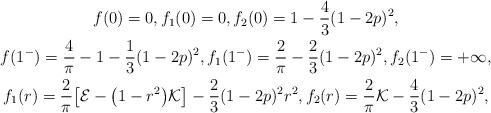
LaTeX: \begin{gather*} f(0)=0,f_1(0)=0,f_2(0)=1-\frac{4}{3}(1-2p)^2,\\ f(1^-)=\frac{4}{\pi}-1-\frac{1}{3}(1-2p)^2, f_1(1^-)=\frac{2}{\pi}-\frac{2}{3}(1-2p)^2, f_2(1^-)=+\infty,\\f_1(r)=\frac{2}{\pi}\bigl[\mathcal{E}-\bigl(1-r^2\bigr)\mathcal{K}\bigr]-\frac{2}{3}(1-2p)^2r^2, f_2(r)=\frac{2}{\pi}\mathcal{K}-\frac{4}{3}(1-2p)^2,\end{gather*}